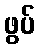
ဖွပ်